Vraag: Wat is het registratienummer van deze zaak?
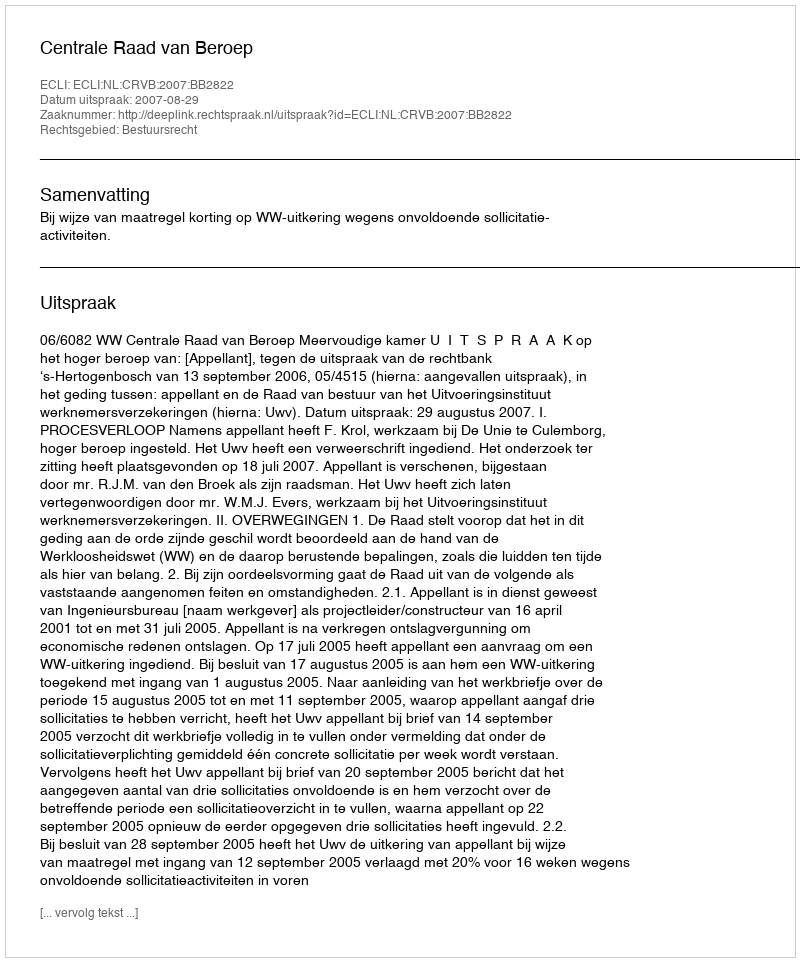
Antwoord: http://deeplink.rechtspraak.nl/uitspraak?id=ECLI:NL:CRVB:2007:BB2822